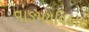
વાઙમયવિહાર